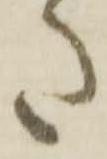
た